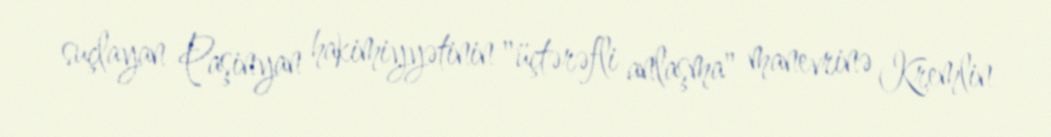
suçlayan Paşinyan hakimiyyətinin "üçtərəfli anlaşma" manevrinə Kremlin